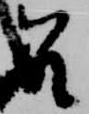
召